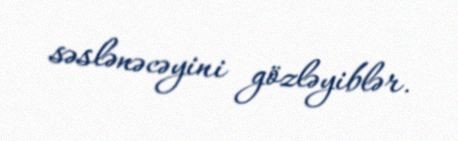
səslənəcəyini gözləyiblər.